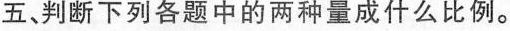
五判断下列各题中的两种量成什么比例。